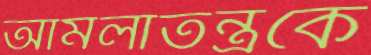
আমলাতন্ত্রকে